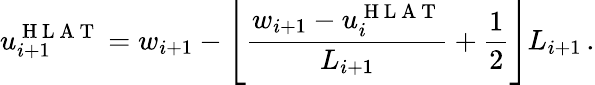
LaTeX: u_{i+1}^{\mathrm{~H~L~A~T~}}=w_{i+1}-\left\lfloor\frac{w_{i+1}-u_{i}^{\mathrm{~H~L~A~T~}}}{L_{i+1}}+\frac{1}{2}\right\rfloor L_{i+1}\, .